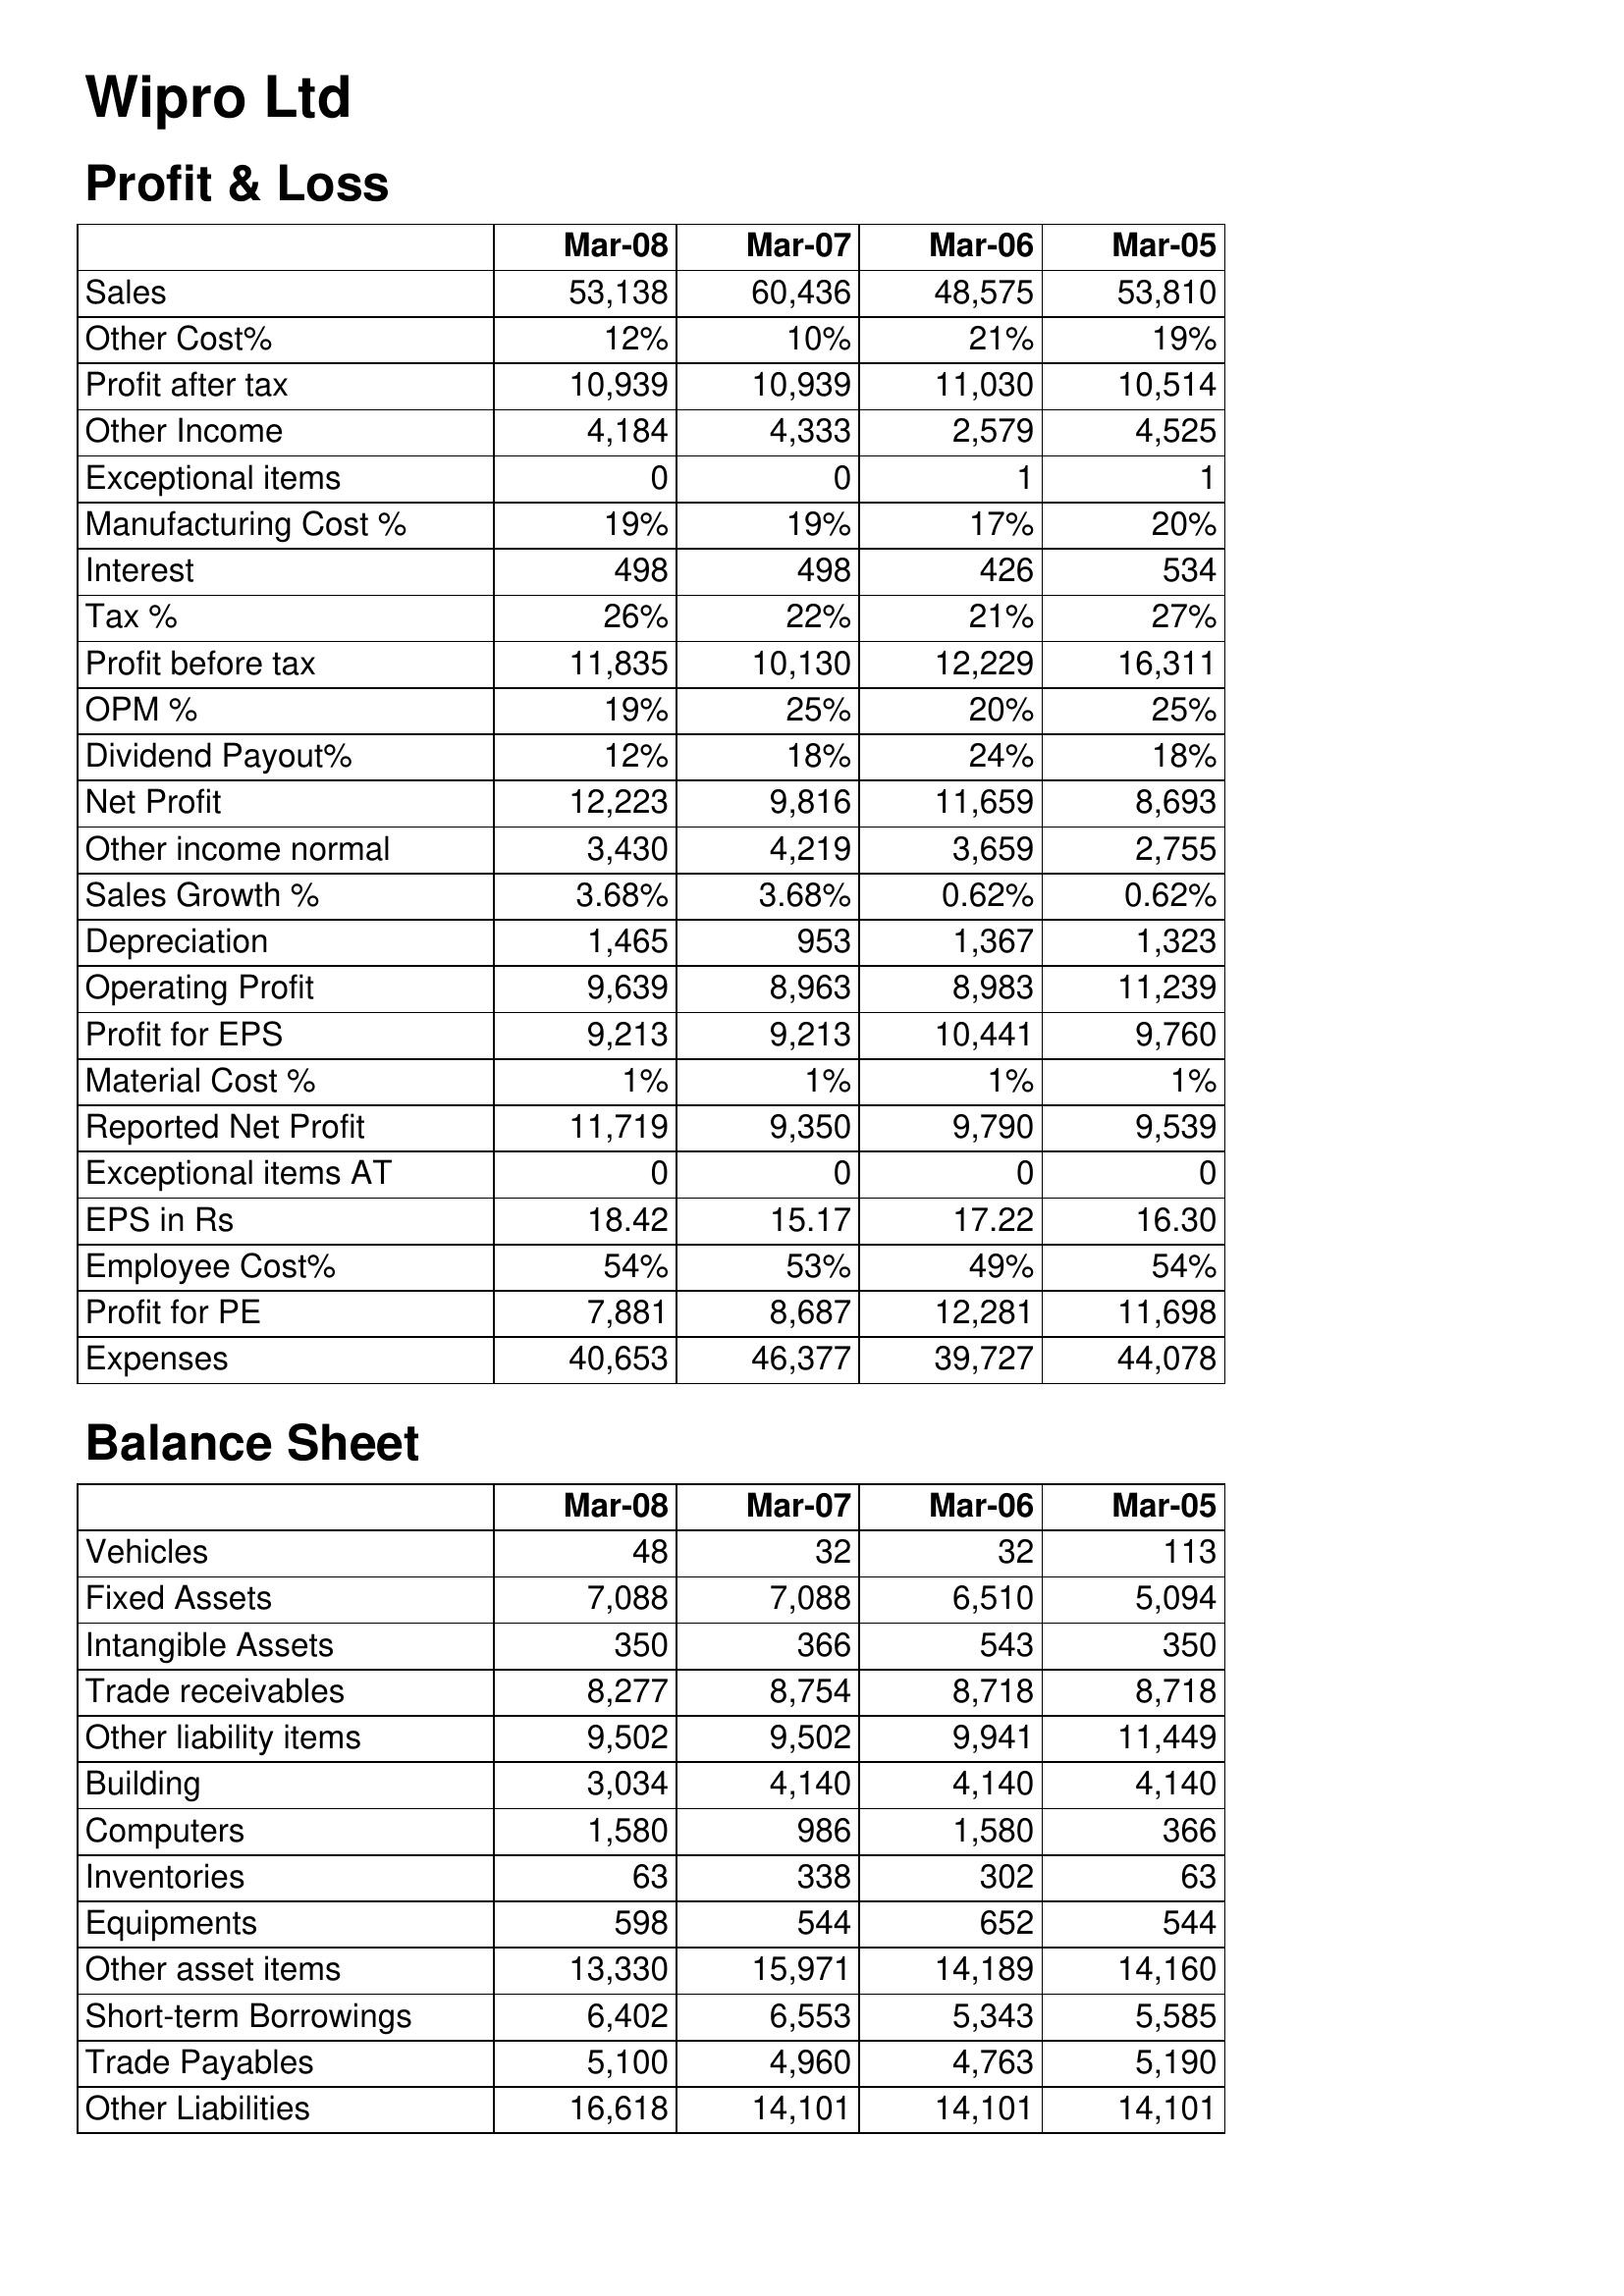
Mar-08: Profit & Loss: Sales: 53,138
Other Cost%: 12%
Profit after tax: 10,939
Other Income: 4,184
Exceptional items: 0
Manufacturing Cost %: 19%
Interest: 498
Tax %: 26%
Profit before tax: 11,835
OPM %: 19%
Dividend Payout%: 12%
Net Profit: 12,223
Other income normal: 3,430
Sales Growth %: 3.68%
Depreciation: 1,465
Operating Profit: 9,639
Profit for EPS: 9,213
Material Cost %: 1%
Reported Net Profit: 11,719
Exceptional items AT: 0
EPS in Rs: 18.42
Employee Cost%: 54%
Profit for PE: 7,881
Expenses: 40,653
Balance Sheet: Vehicles: 48
Fixed Assets: 7,088
Intangible Assets: 350
Trade receivables: 8,277
Other liability items: 9,502
Building: 3,034
Computers: 1,580
Inventories: 63
Equipments: 598
Other asset items: 13,330
Short-term Borrowings: 6,402
Trade Payables: 5,100
Other Liabilities: 16,618
Mar-07: Profit & Loss: Sales: 60,436
Other Cost%: 10%
Profit after tax: 10,939
Other Income: 4,333
Exceptional items: 0
Manufacturing Cost %: 19%
Interest: 498
Tax %: 22%
Profit before tax: 10,130
OPM %: 25%
Dividend Payout%: 18%
Net Profit: 9,816
Other income normal: 4,219
Sales Growth %: 3.68%
Depreciation: 953
Operating Profit: 8,963
Profit for EPS: 9,213
Material Cost %: 1%
Reported Net Profit: 9,350
Exceptional items AT: 0
EPS in Rs: 15.17
Employee Cost%: 53%
Profit for PE: 8,687
Expenses: 46,377
Balance Sheet: Vehicles: 32
Fixed Assets: 7,088
Intangible Assets: 366
Trade receivables: 8,754
Other liability items: 9,502
Building: 4,140
Computers: 986
Inventories: 338
Equipments: 544
Other asset items: 15,971
Short-term Borrowings: 6,553
Trade Payables: 4,960
Other Liabilities: 14,101
Mar-06: Profit & Loss: Sales: 48,575
Other Cost%: 21%
Profit after tax: 11,030
Other Income: 2,579
Exceptional items: 1
Manufacturing Cost %: 17%
Interest: 426
Tax %: 21%
Profit before tax: 12,229
OPM %: 20%
Dividend Payout%: 24%
Net Profit: 11,659
Other income normal: 3,659
Sales Growth %: 0.62%
Depreciation: 1,367
Operating Profit: 8,983
Profit for EPS: 10,441
Material Cost %: 1%
Reported Net Profit: 9,790
Exceptional items AT: 0
EPS in Rs: 17.22
Employee Cost%: 49%
Profit for PE: 12,281
Expenses: 39,727
Balance Sheet: Vehicles: 32
Fixed Assets: 6,510
Intangible Assets: 543
Trade receivables: 8,718
Other liability items: 9,941
Building: 4,140
Computers: 1,580
Inventories: 302
Equipments: 652
Other asset items: 14,189
Short-term Borrowings: 5,343
Trade Payables: 4,763
Other Liabilities: 14,101
Mar-05: Profit & Loss: Sales: 53,810
Other Cost%: 19%
Profit after tax: 10,514
Other Income: 4,525
Exceptional items: 1
Manufacturing Cost %: 20%
Interest: 534
Tax %: 27%
Profit before tax: 16,311
OPM %: 25%
Dividend Payout%: 18%
Net Profit: 8,693
Other income normal: 2,755
Sales Growth %: 0.62%
Depreciation: 1,323
Operating Profit: 11,239
Profit for EPS: 9,760
Material Cost %: 1%
Reported Net Profit: 9,539
Exceptional items AT: 0
EPS in Rs: 16.30
Employee Cost%: 54%
Profit for PE: 11,698
Expenses: 44,078
Balance Sheet: Vehicles: 113
Fixed Assets: 5,094
Intangible Assets: 350
Trade receivables: 8,718
Other liability items: 11,449
Building: 4,140
Computers: 366
Inventories: 63
Equipments: 544
Other asset items: 14,160
Short-term Borrowings: 5,585
Trade Payables: 5,190
Other Liabilities: 14,101